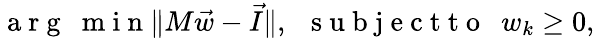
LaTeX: \begin{array}{r}{\mathrm{~a~r~g~~~m~i~n~}\| M\vec{w}-\vec{I}\| ,\mathrm{~~~s~u~b~j~e~c~t~t~o~~~}w_{k}\geq 0,}\end{array}